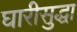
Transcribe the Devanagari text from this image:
घारीसुद्धा